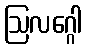
ဩလဂ္ဂေါ